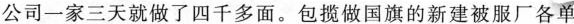
公司一家三天就做了四千多面。包揽做国旗的新建被服厂各单